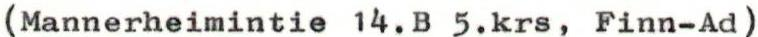
(Mannerheimintie 14.B 5.krs, Finn-Ad)